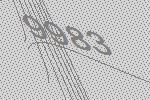
9983